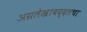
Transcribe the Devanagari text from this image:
अग्रलेखाबद्दलचा